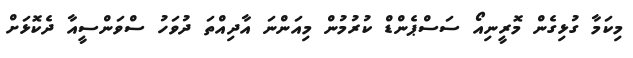
މިކަމާ ގުޅިގެން މޮރީނިއޯ ސަސްޕެންޑް ކުރުމުން މިއަންނަ އާދިއްތަ ދުވަހު ސްވަންސީއާ ދެކޮޅަށް